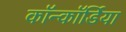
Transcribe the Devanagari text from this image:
कॉन्कॉर्डिया